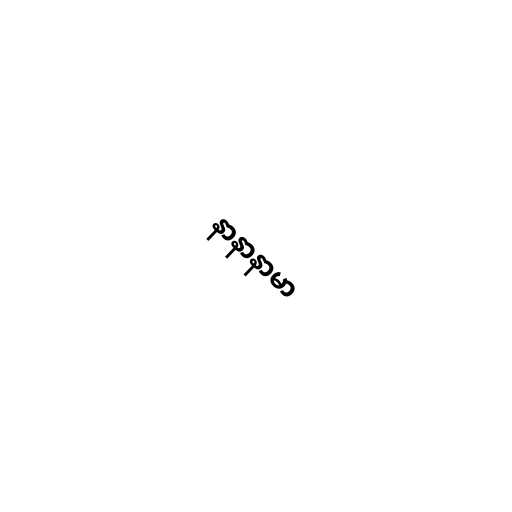
နာနာနာမာ